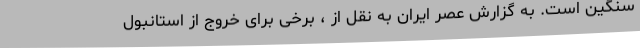
سنگین است. به گزارش عصر ایران به نقل از ، برخی برای خروج از استانبول